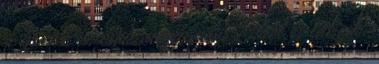
a brexit is, csak, hogy tudd. Ebből is látszik,